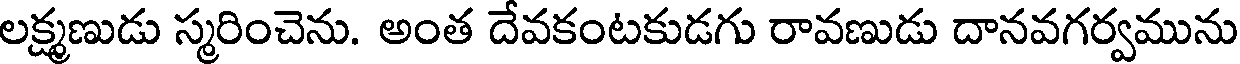
లక్ష్మణుడు స్మరించెను. అంత దేవకంటకుడగు రావణుడు దానవగర్వమును